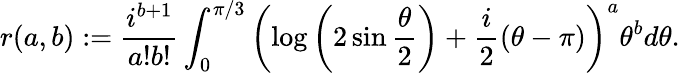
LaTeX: r(a,b):=\frac{i^{b+1}}{a!b!}\int_{0}^{\pi/3}\left(\log\left(2\sin\frac{\theta}{2}\right)+\frac{i}{2}\left(\theta-\pi\right)\right)^{a}\theta^{b}d\theta.